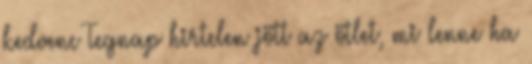
kedvenc Tegnap hirtelen jött az ötlet, mi lenne ha